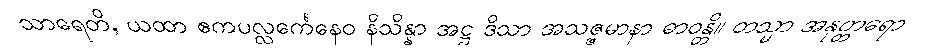
သာရေတိ, ယထာ ဧကပလ္လင်္ကေနေဝ နိသိန္နာ အဋ္ဌ ဒိသာ အသဇ္ဇမာနာ ဓာဝန္တိ။ တသ္မာ အနုတ္တရော